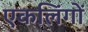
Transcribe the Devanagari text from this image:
एकलिंगों